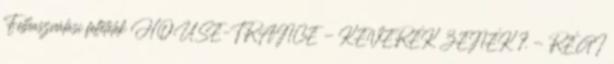
Felhasználási feltételek HOUSE–TRANCE - KEVERÉK ZENÉK 7. - RÉGI